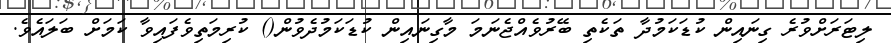
ލިޓަރަށްވުރެ ގިނައިން ކުޑަކަމުދާ ތަކެތި ބޭރުވެއްޖެނަމަ މާގިނައިން ކުޑަކަމުދެވުން() ކުރިމަތިވެފައިވާ ކަމަށް ބަލައެވެ.